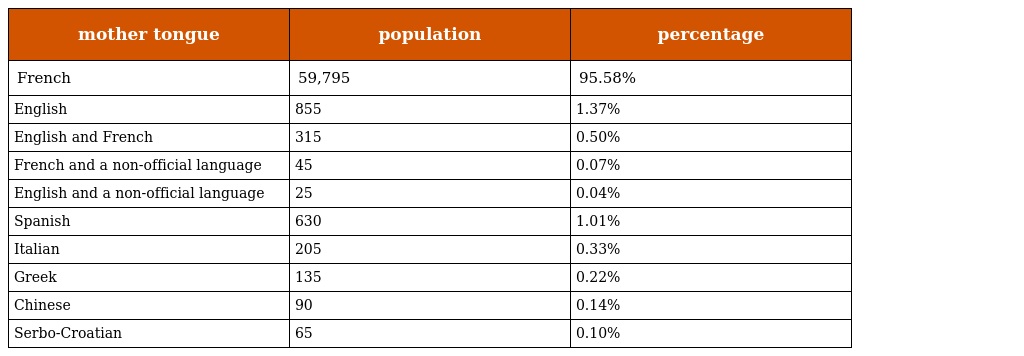
| mother tongue | population | percentage |
 | --- | --- | --- |
 | French | 59,795 | 95.58% |
 | English | 855 | 1.37% |
 | English and French | 315 | 0.50% |
 | French and a non-official language | 45 | 0.07% |
 | English and a non-official language | 25 | 0.04% |
 | Spanish | 630 | 1.01% |
 | Italian | 205 | 0.33% |
 | Greek | 135 | 0.22% |
 | Chinese | 90 | 0.14% |
 | Serbo-Croatian | 65 | 0.10% |